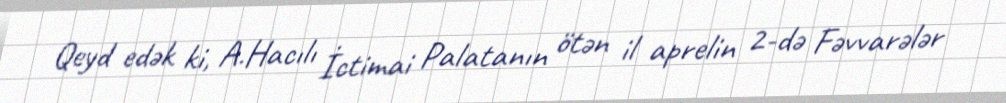
Qeyd edək ki, A.Hacılı İctimai Palatanın ötən il aprelin 2-də Fəvvarələr